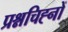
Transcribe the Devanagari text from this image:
प्रश्नचिह्नों